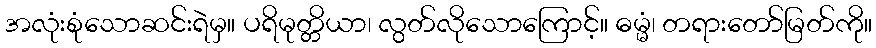
အလုံးစုံသောဆင်းရဲမှ။ ပရိမုတ္တိယာ၊ လွတ်လိုသောကြောင့်။ ဓမ္မံ၊ တရားတော်မြတ်ကို။